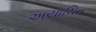
અયાચિત